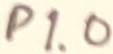
Text: P1.0